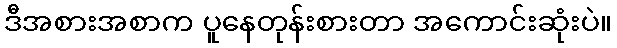
ဒီအစားအစာက ပူနေတုန်းစားတာ အကောင်းဆုံးပဲ။